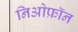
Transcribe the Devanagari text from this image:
निओफ्रॉन